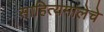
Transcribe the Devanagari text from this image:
साहित्यमालेचे